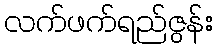
လက်ဖက်ရည်ဇွန်း